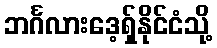
ဘင်္ဂလားဒေ့ရှ်နိုင်ငံသို့